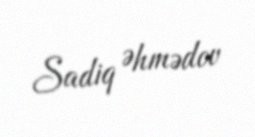
Sadiq Əhmədov